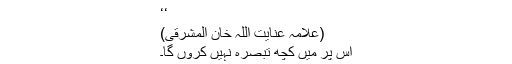
‘‘
(علامہ عنایت اللہ خان المشرقی)
اس پر میں کچھ تبصرہ نہیں کروں گا۔